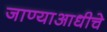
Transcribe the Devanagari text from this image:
जाण्याआधीचे